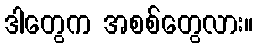
ဒါတွေက အစစ်တွေလား။